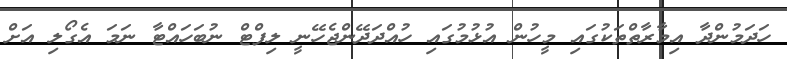
ހަދަމުންދާ އިމާރާތްތަކުގައި މީހުން އުޅުމުގައި ހުއްދަދޭންޖެހޭނީ ލިފްޓް ނުބަހައްޓާ ނަމަ އެގޯލި އަށް